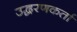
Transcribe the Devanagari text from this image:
उद्धरणकर्ता